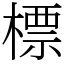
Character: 標